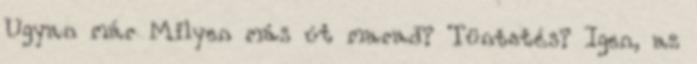
Ugyan már Milyen más út marad? Tüntetés? Igen, az